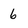
Character: 6